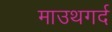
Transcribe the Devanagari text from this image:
माउथगर्द